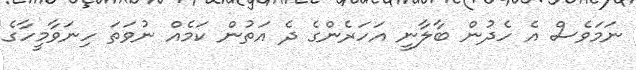
ނަމަވެސް އެ ހެދުން ބާލާނީ އަހަރެންގެ ދެ އަތުން ކަމެއް ނުވަތަ ހިނަވާމީހާގެ